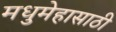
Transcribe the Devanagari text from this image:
मधुमेहासाठी